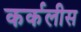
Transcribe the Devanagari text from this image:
कर्कलीस